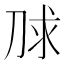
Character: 𰄮